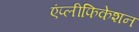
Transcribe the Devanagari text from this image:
एंप्लीफिकेशन